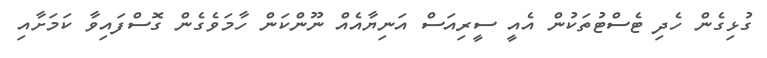
ގުޅިގެން ހެދި ޓެސްޓުތަކުން އެއީ ސީރިއަސް އަނިޔާއެއް ނޫންކަން ހާމަވެގެން ގޮސްފައިވާ ކަމަށާއި